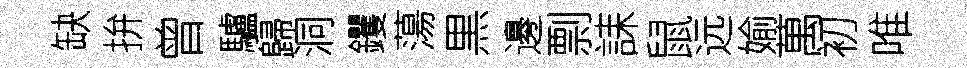
缺拚曾驢歸洞钁蕩黒邊剽誄鼠远媮萬初唯